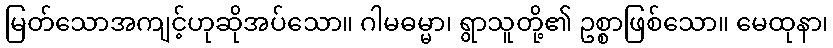
မြတ်သောအကျင့်ဟုဆိုအပ်သော။ ဂါမဓမ္မာ၊ ရွာသူတို့၏ ဥစ္စာဖြစ်သော။ မေထုနာ၊